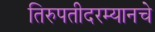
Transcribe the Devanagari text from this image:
तिरुपतीदरम्यानचे